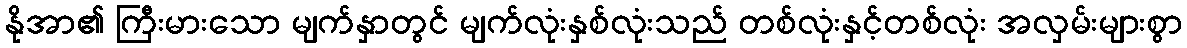
နိုအာ၏ ကြီးမားသော မျက်နှာတွင် မျက်လုံးနှစ်လုံးသည် တစ်လုံးနှင့်တစ်လုံး အလှမ်းများစွာ